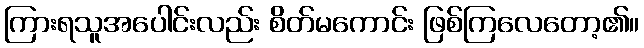
ကြားရသူအပေါင်းလည်း စိတ်မကောင်း ဖြစ်ကြလေတော့၏။